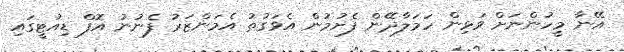
އޭނާ މީހުންނަށް ވަޅިން ހަމަލާދޭން ފެށުމުން އެވަގުތު އެމަންޒަރު ފެނުނު އޮފް ޑިއުޓީގައި